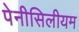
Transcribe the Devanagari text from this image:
पेनीसिलीयम